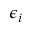
\epsilon _ { i }